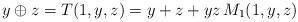
LaTeX: \begin{align*} y\oplus z = T(1,y,z) = y+z + yz \, M_1(1,y,z)\end{align*}